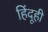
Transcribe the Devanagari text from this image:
हिंदूही